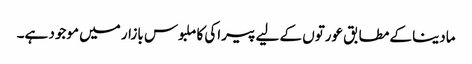
مادینا کے مطابق عورتوں کے لیے پیراکی کا ملبوس بازار میں موجود ہے۔